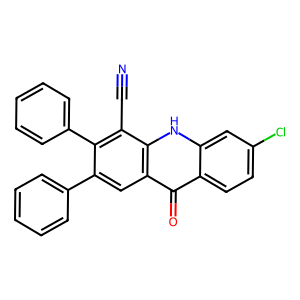
SMILES: N#Cc1c(-c2ccccc2)c(-c2ccccc2)cc2c(=O)c3ccc(Cl)cc3[nH]c12
Inhibits HIV replication: No